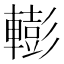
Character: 𨎧